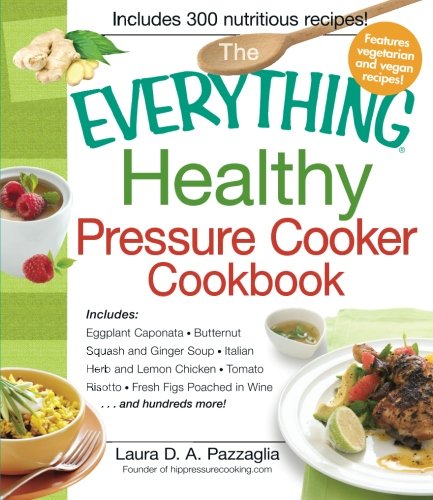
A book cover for The Everything Healthy Pressure Cooker Cookbook: Includes Eggplant Caponata, Butternut Squash and Ginger Soup, Italian Herb and Lemon Chicken, Tomato ... hundreds more! (Everything (Cooking)); Laura Pazzaglia; Cookbooks, Food & Wine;